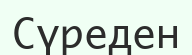
Сүреден